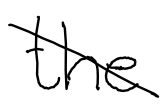
Text: the
Cross-out: diagonal
Writing tool: digital_black